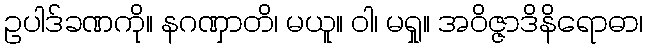
ဥပါဒ်ခဏကို။ နဂဏှာတိ၊ မယူ။ ဝါ၊ မရှု။ အဝိဇ္ဇာဒိနိရောဓာ၊